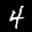
Label: 4